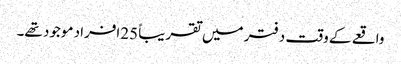
واقعے کے وقت دفتر میں تقریباً 25افراد موجود تھے۔